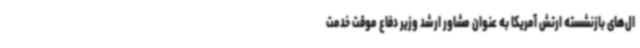
ال‌های بازنشسته ارتش آمریکا به عنوان مشاور ارشد وزیر دفاع موقت خدمت